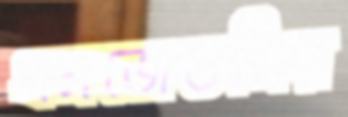
এনজেডসির